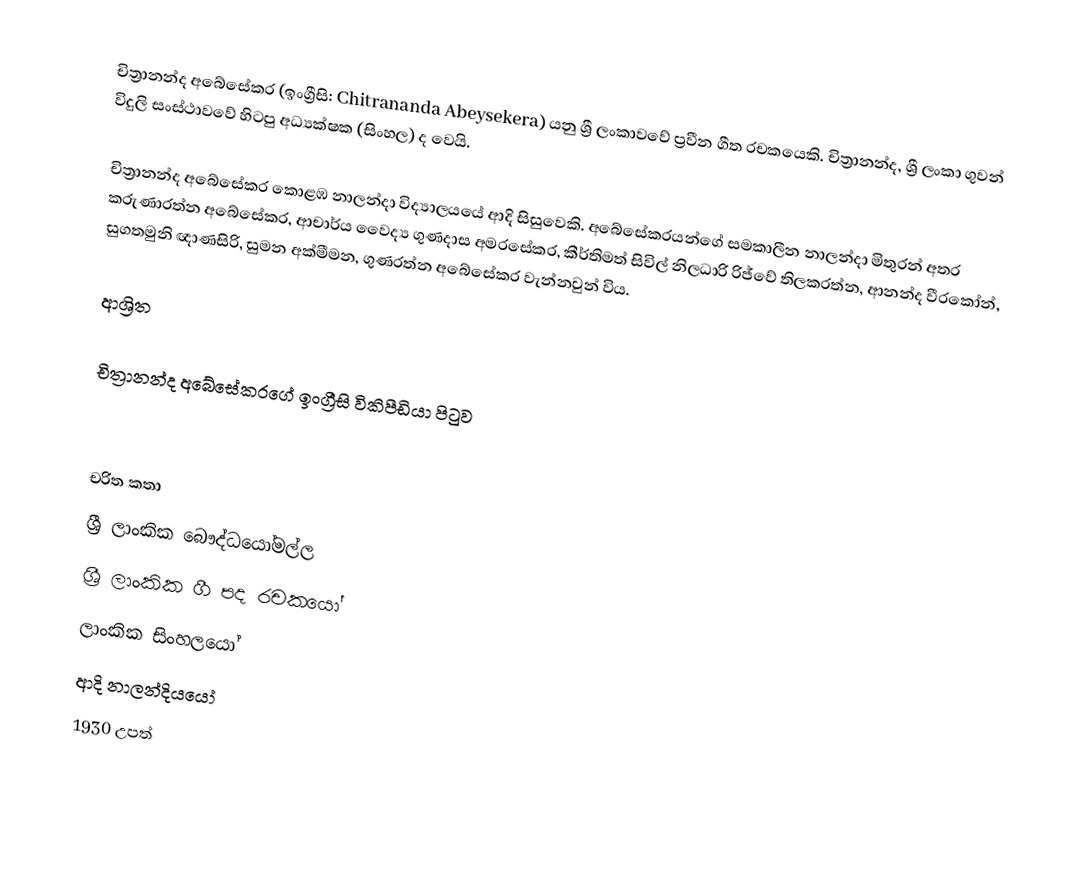
චිත්‍රානන්ද අබේසේකර (ඉංග්‍රීසි: Chitrananda Abeysekera) යනු   ශ්‍රී ලංකාවවේ ප්‍රවීන ගීත රචකයෙකි. චිත්‍රානන්ද,  ශ්‍රී ලංකා ගුවන් විදුලි සංස්ථාවවේ හිටපු අධ්‍යක්ෂක (සිංහල) ද වෙයි.

චිත්‍රානන්ද අබේසේකර  කොළඹ නාලන්දා විද්‍යාලයයේ ආදි සිසුවෙකි.  අබේසේකරයන්ගේ සමකාලීන නාලන්දා මිතුරන් අතර කරුණාරත්න අබේසේකර, ආචාර්ය වෛද්‍ය ගුණදාස අමරසේකර, කීර්තිමත් සිවිල් නිලධාරි රිජ්වේ තිලකරත්න, ආනන්ද වීරකෝන්, සුගතමුනි ඥාණසිරි, සුමන අක්මීමන, ගුණරත්න අබේසේකර වැන්නවුන් විය.

ආශ්‍රිත

 චිත්‍රානන්ද අබේසේකරගේ ඉංග්‍රීසි විකිපීඩියා පිටුව

චරිත කතා
ශ්‍රී ලාංකික බෞද්ධයෝමල්ල
ශ්‍රී ලාංකික ගී පද රචකයෝ
ලාංකික සිංහලයෝ
ආදි නාලන්දියයෝ
1930 උපත්